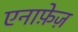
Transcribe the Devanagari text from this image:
एनाफे़ज़